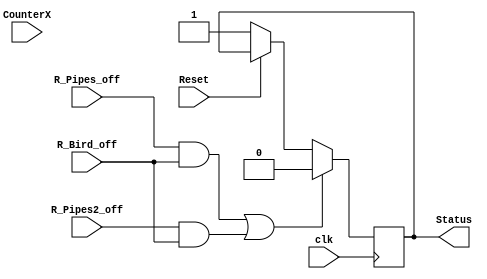

module StatusChecker(input clk, input Reset,CounterX,input [15:0] R_Pipes_off,input [15:0] R_Pipes2_off,input [15:0] R_Bird_off,output reg Status);
initial Status = 1;
always @ (posedge clk)
begin

if (!Reset) Status <= 1;
if ((R_Pipes_off && R_Bird_off) || (R_Pipes2_off && R_Bird_off)) Status <= 0;

end
endmodule